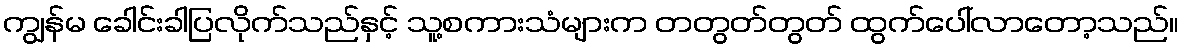
ကျွန်မ ခေါင်းခါပြလိုက်သည်နှင့် သူ့စကားသံများက တတွတ်တွတ် ထွက်ပေါ်လာတော့သည်။